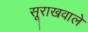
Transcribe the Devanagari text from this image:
सूराखवाले